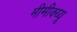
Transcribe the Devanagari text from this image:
मीमीक्य्यू